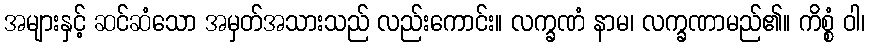
အများနှင့် ဆင်ဆံသော အမှတ်အသားသည် လည်းကောင်း။ လက္ခဏံ နာမ၊ လက္ခဏာမည်၏။ ကိစ္စံ ဝါ၊